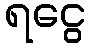
ရငွေ